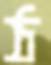
ঠ